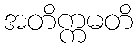
အတိက္ကမတိ